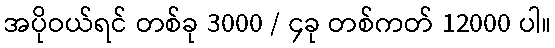
အပိုဝယ်ရင် တစ်ခု 3000 / ၄ခု တစ်ကတ် 12000 ပါ။